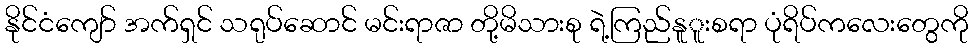
နိုင်ငံကျော် အက်ရှင် သရုပ်ဆောင် မင်းရာဇာ တို့မိသားစု ရဲ့ကြည်နူူးစရာ ပုံရိပ်ကလေးတွေကို